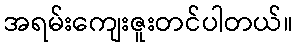
အရမ်းကျေးဇူးတင်ပါတယ်။